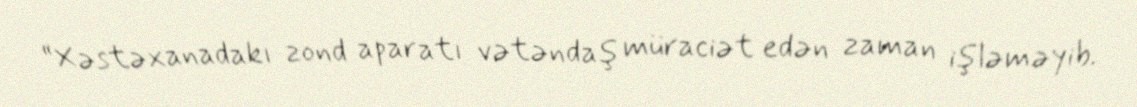
“Xəstəxanadakı zond aparatı vətəndaş müraciət edən zaman işləməyib.